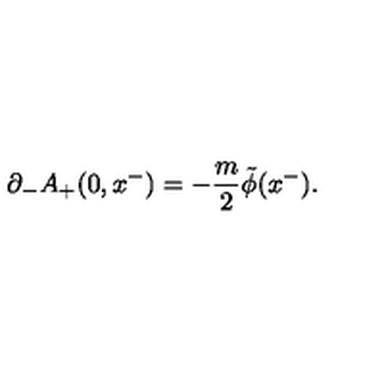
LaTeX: { \partial } _ { - } A _ { + } ( 0 , x ^ { - } ) = - \frac { m } { 2 } \tilde { \phi } ( x ^ { - } ) .